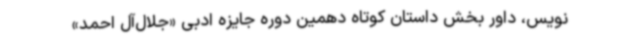
‌نویس، داور بخش داستان کوتاه دهمین دوره جایزه ادبی «جلال‌آل احمد»